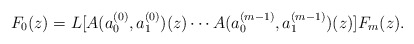
\begin{align*}F_0(z) = L[A(a^{(0)}_0, a^{(0)}_1)(z) \cdots A(a^{(m-1)}_0, a^{(m-1)}_1)(z)]F_m(z).\end{align*}